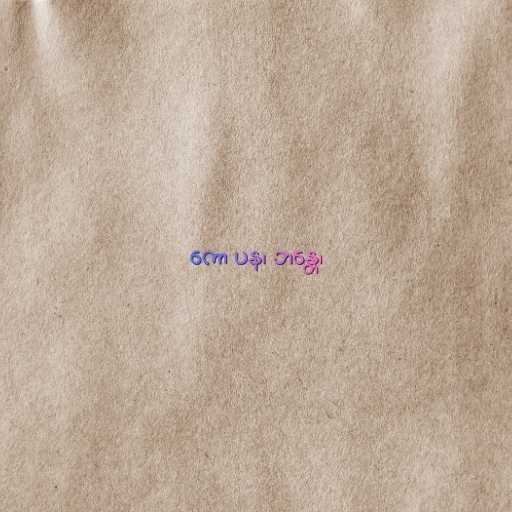
ကော ပန၊ ဘန္တေ၊